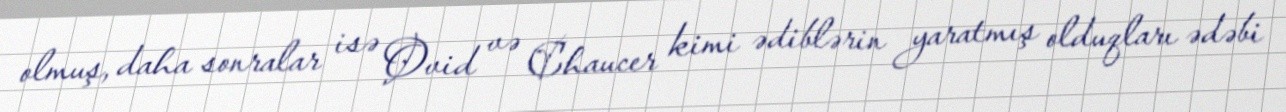
olmuş, daha sonralar isə Ovid və Chaucer kimi ədiblərin yaratmış olduqları ədəbi